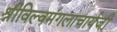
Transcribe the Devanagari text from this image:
श्रीविल्वमंगलाचार्यजी